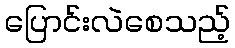
ပြောင်းလဲစေသည့်